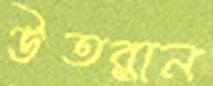
উতরান